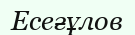
Есеғұлов